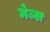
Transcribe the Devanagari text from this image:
मेब्स